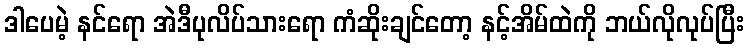
ဒါပေမဲ့ နင်ရော အဲဒီပုလိပ်သားရော ကံဆိုးချင်တော့ နင့်အိမ်ထဲကို ဘယ်လိုလုပ်ပြီး